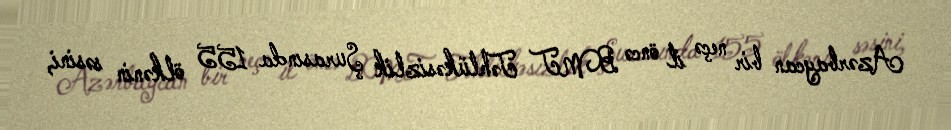
Azərbaycan bir neçə il öncə BMT Təhlükəsizlik Şurasında 155 ölkənin səsini,